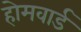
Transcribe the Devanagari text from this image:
होमवार्ड